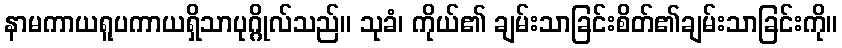
နာမကာယရူပကာယရှိသာပုဂ္ဂိုလ်သည်။ သုခံ၊ ကိုယ်၏ ချမ်းသာခြင်းစိတ်၏ချမ်းသာခြင်းကို။